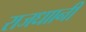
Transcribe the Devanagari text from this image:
राजधाानी